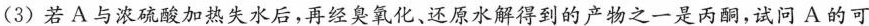
(3)若A与浓硫酸加热失水后，再经臭氧化、还原水解得到的产物之一是丙酮，试问A的可